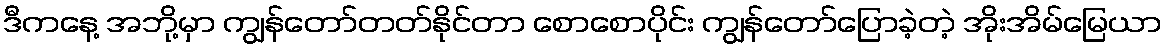
ဒီကနေ့ အဘို့မှာ ကျွန်တော်တတ်နိုင်တာ စောစောပိုင်း ကျွန်တော်ပြောခဲ့တဲ့ အိုးအိမ်မြေယာ